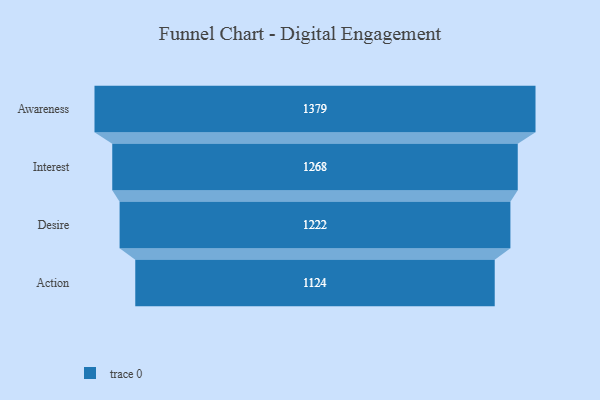
{"axis": {"x": "Stage", "y": "Value"}, "legend": [""], "data": [{"x": "Awareness", "y": 1379.0, "type": ""}, {"x": "Interest", "y": 1268.0, "type": ""}, {"x": "Desire", "y": 1222.0, "type": ""}, {"x": "Action", "y": 1124.0, "type": ""}]}